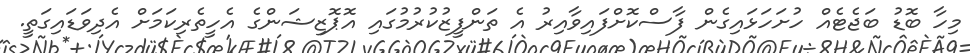
މިހާ ބޮޑު ބަޖެޓެއް ހުށަހަޅައިގެން ފާސްކޮށްފައިވާއިރު އެ ތަންފީޒުކުރުމުގައި އޮޕޮޒިޝަންގެ އެހީތެރިކަމަށް އެދިވަޑައިގަތީ.